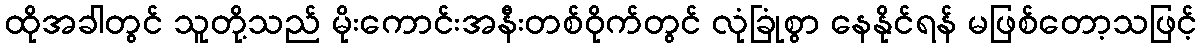
ထိုအခါတွင် သူတို့သည် မိုးကောင်းအနီးတစ်ဝိုက်တွင် လုံခြုံစွာ နေနိုင်ရန် မဖြစ်တော့သဖြင့်